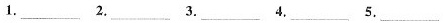
1.___ 2.___ 3.___ 4.___ 5.___